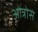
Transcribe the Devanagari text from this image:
ओत्रोस